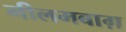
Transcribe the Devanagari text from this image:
नीलमबाग़